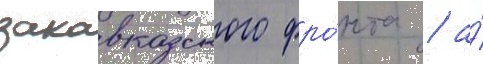
закавказского фро́нта / а́